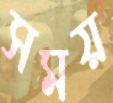
সময়